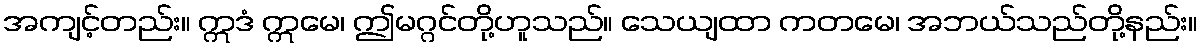
အကျင့်တည်း။ ဣဒံ ဣမေ၊ ဤမဂ္ဂင်တို့ဟူသည်။ သေယျထာ ကတမေ၊ အဘယ်သည်တို့နည်း။